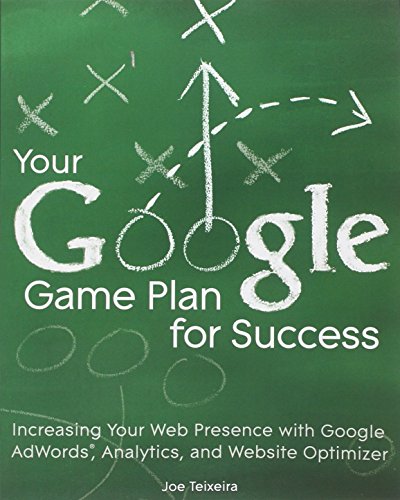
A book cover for Your Google Game Plan for Success: Increasing Your Web Presence with Google AdWords, Analytics and Website Optimizer; Joe Teixeira; Computers & Technology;